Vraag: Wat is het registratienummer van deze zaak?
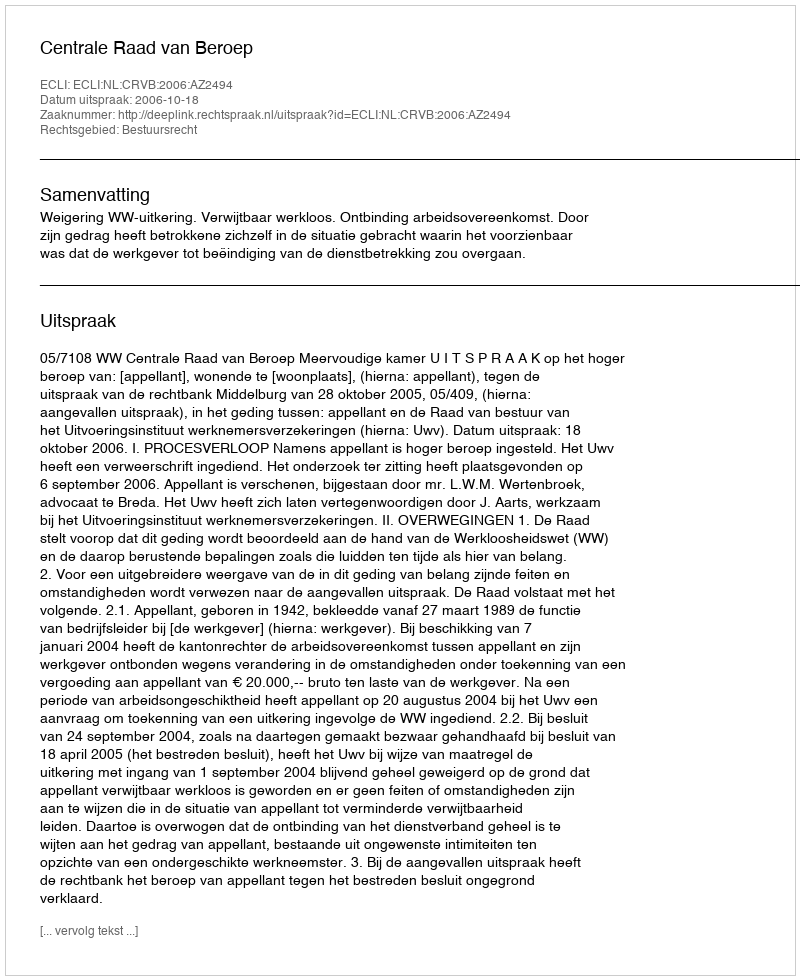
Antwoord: http://deeplink.rechtspraak.nl/uitspraak?id=ECLI:NL:CRVB:2006:AZ2494